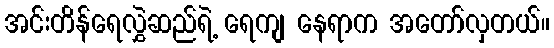
အင်းတိန်ရေလွှဲဆည်ရဲ့ ရေကျ နေရာက အတော်လှတယ်။